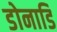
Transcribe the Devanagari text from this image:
डोनाडि